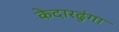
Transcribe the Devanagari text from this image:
केदारढुंगा